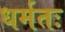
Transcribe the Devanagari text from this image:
धर्मतः